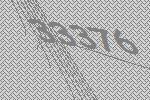
33376